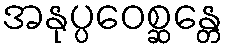
အနုပ္ပဝေစ္ဆန္တေ